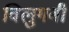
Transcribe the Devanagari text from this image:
विलुगबी